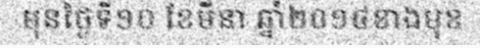
មុនថ្ងៃទី១០ ខែមីនា ឆ្នាំ២០១៤ខាងមុខ